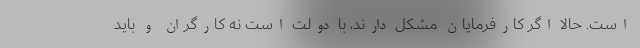
است. حالا اگر کارفرمایان مشکل دارند، با دولت است نه کارگران و باید